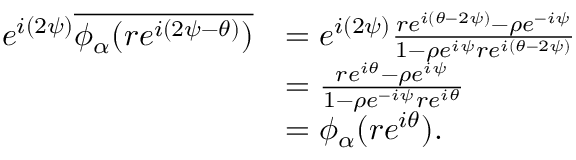
\begin{array} { r l } { e ^ { i ( 2 \psi ) } \overline { { \phi _ { \alpha } ( r e ^ { i ( 2 \psi - \theta ) } ) } } } & { = e ^ { i ( 2 \psi ) } \frac { r e ^ { i ( \theta - 2 \psi ) } - \rho e ^ { - i \psi } } { 1 - \rho e ^ { i \psi } r e ^ { i ( \theta - 2 \psi ) } } } \\ & { = \frac { r e ^ { i \theta } - \rho e ^ { i \psi } } { 1 - \rho e ^ { - i \psi } r e ^ { i \theta } } } \\ & { = \phi _ { \alpha } ( r e ^ { i \theta } ) . } \end{array}